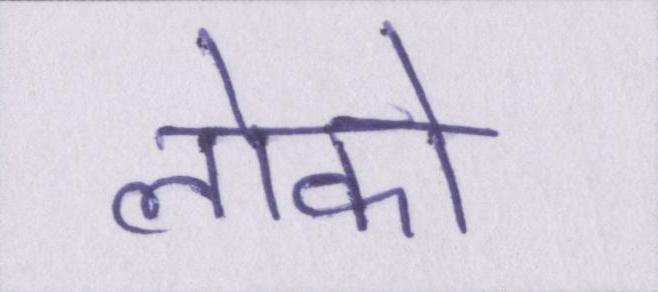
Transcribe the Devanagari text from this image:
लोको